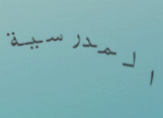
المدرسية